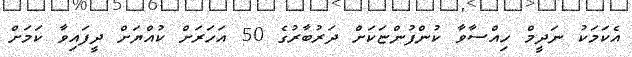
އެކަމަކު ނަދީމް ހިއްސާވާ ކުންފުންޏަކަށް ދަރުބާރުގެ 50 އަހަރަށް ކުއްޔަށް ދީފައިވާ ކަމަށް